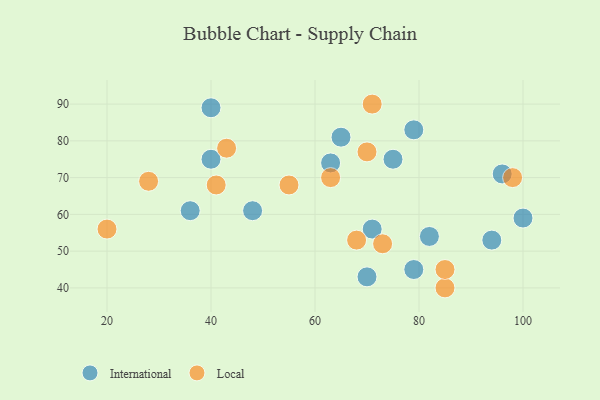
{"axis": {"x": "GDP", "y": "Life Expectancy"}, "legend": ["International", "Local"], "data": [{"x": "94", "y": 53, "type": "International"}, {"x": "96", "y": 71, "type": "International"}, {"x": "36", "y": 61, "type": "International"}, {"x": "40", "y": 75, "type": "International"}, {"x": "79", "y": 45, "type": "International"}, {"x": "63", "y": 74, "type": "International"}, {"x": "65", "y": 81, "type": "International"}, {"x": "79", "y": 83, "type": "International"}, {"x": "48", "y": 61, "type": "International"}, {"x": "70", "y": 43, "type": "International"}, {"x": "82", "y": 54, "type": "International"}, {"x": "71", "y": 56, "type": "International"}, {"x": "75", "y": 75, "type": "International"}, {"x": "100", "y": 59, "type": "International"}, {"x": "40", "y": 89, "type": "International"}, {"x": "70", "y": 77, "type": "Local"}, {"x": "55", "y": 68, "type": "Local"}, {"x": "68", "y": 53, "type": "Local"}, {"x": "43", "y": 78, "type": "Local"}, {"x": "98", "y": 70, "type": "Local"}, {"x": "28", "y": 69, "type": "Local"}, {"x": "63", "y": 70, "type": "Local"}, {"x": "20", "y": 56, "type": "Local"}, {"x": "85", "y": 40, "type": "Local"}, {"x": "41", "y": 68, "type": "Local"}, {"x": "73", "y": 52, "type": "Local"}, {"x": "85", "y": 45, "type": "Local"}, {"x": "71", "y": 90, "type": "Local"}]}